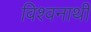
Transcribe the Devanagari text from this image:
विश्वनाथी